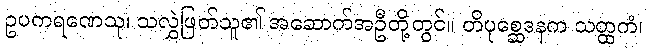
ဥပကရဏေသု၊ သလွှဲဖြတ်သူ၏ အဆောက်အဦတို့တွင်။ တိပုစ္ဆေဒနက သတ္ထကံ၊